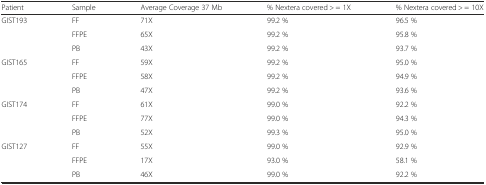
<table><thead><tr><td><b>Patient</b></td><td><b>Sample</b></td><td><b>Average Coverage 37 Mb</b></td><td><b>% Nextera covered &gt; = 1X</b></td><td><b>% Nextera covered &gt; = 10X</b></td></tr></thead><tbody><tr><td rowspan="3">GIST193</td><td>FF</td><td>71X</td><td>99.2 %</td><td>96.5 %</td></tr><tr><td>FFPE</td><td>65X</td><td>99.2 %</td><td>95.8 %</td></tr><tr><td>PB</td><td>43X</td><td>99.2 %</td><td>93.7 %</td></tr><tr><td rowspan="3">GIST165</td><td>FF</td><td>59X</td><td>99.2 %</td><td>95.0 %</td></tr><tr><td>FFPE</td><td>58X</td><td>99.2 %</td><td>94.9 %</td></tr><tr><td>PB</td><td>47X</td><td>99.2 %</td><td>93.6 %</td></tr><tr><td rowspan="3">GIST174</td><td>FF</td><td>61X</td><td>99.0 %</td><td>92.2 %</td></tr><tr><td>FFPE</td><td>77X</td><td>99.0 %</td><td>94.3 %</td></tr><tr><td>PB</td><td>52X</td><td>99.3 %</td><td>95.0 %</td></tr><tr><td rowspan="3">GIST127</td><td>FF</td><td>55X</td><td>99.0 %</td><td>92.9 %</td></tr><tr><td>FFPE</td><td>17X</td><td>93.0 %</td><td>58.1 %</td></tr><tr><td>PB</td><td>46X</td><td>99.0 %</td><td>92.2 %</td></tr></tbody></table>